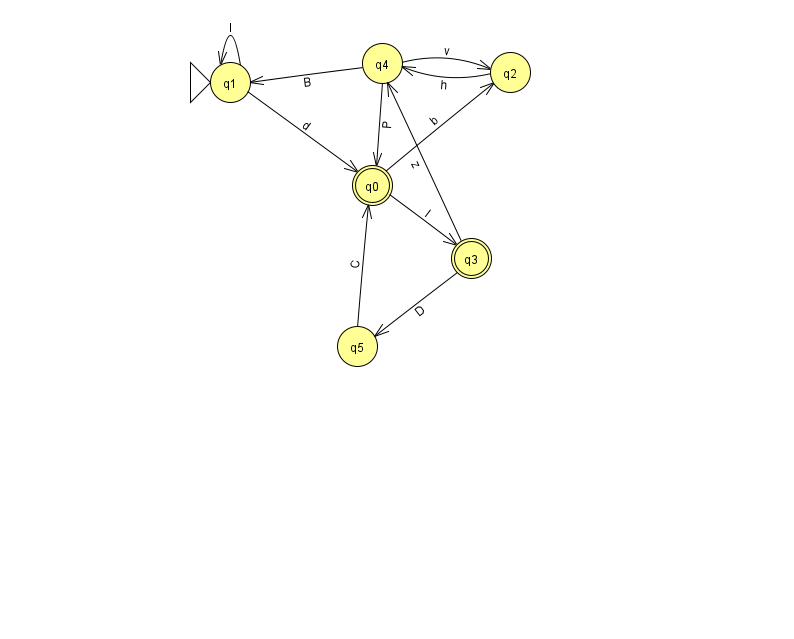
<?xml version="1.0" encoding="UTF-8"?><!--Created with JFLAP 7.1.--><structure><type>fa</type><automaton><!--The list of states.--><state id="0" name="q0"><x>372.0</x><y>172.0</y><final/></state><state id="1" name="q1"><x>230.0</x><y>69.0</y><initial/></state><state id="2" name="q2"><x>510.0</x><y>59.0</y></state><state id="3" name="q3"><x>471.0</x><y>245.0</y><final/></state><state id="4" name="q4"><x>382.0</x><y>50.0</y></state><state id="5" name="q5"><x>357.0</x><y>333.0</y></state><!--The list of transitions.--><transition><from>1</from><to>0</to><read>d</read></transition><transition><from>2</from><to>4</to><read>h</read></transition><transition><from>0</from><to>2</to><read>b</read></transition><transition><from>3</from><to>4</to><read>z</read></transition><transition><from>1</from><to>1</to><read>I</read></transition><transition><from>5</from><to>0</to><read>C</read></transition><transition><from>4</from><to>1</to><read>B</read></transition><transition><from>3</from><to>5</to><read>D</read></transition><transition><from>4</from><to>2</to><read>v</read></transition><transition><from>0</from><to>3</to><read>l</read></transition><transition><from>4</from><to>0</to><read>P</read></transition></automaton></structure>